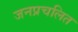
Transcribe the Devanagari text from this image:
जनप्रचलित